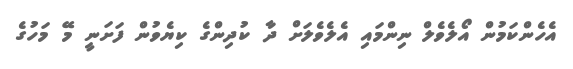
އެހެންކަމުން އޯލެވެލް ނިންމައި އެލެވެލަށް ދާ ކުދިންގެ ކިޔެވުން ފަށަނީ މޭ މަހުގެ